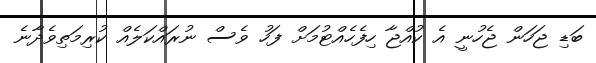
ބަޑި ޖަހަން ޖެހުނީ އެ ކުއްޖާ ހިފެހެއްޓުމަށް ފަހު ވެސް ނުރައްކަލެއް ކުރިމަތިވެދާނެ